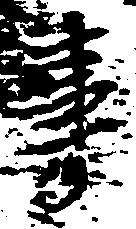
事